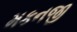
મકનજી